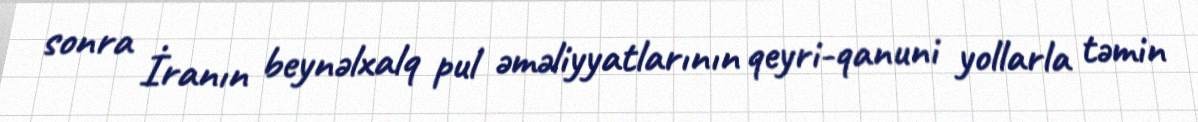
sonra İranın beynəlxalq pul əməliyyatlarının qeyri-qanuni yollarla təmin